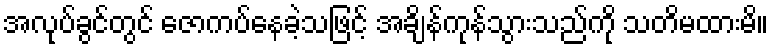
အလုပ်ခွင်တွင် ဇောကပ်နေခဲ့သဖြင့် အချိန်ကုန်သွားသည်ကို သတိမထားမိ။